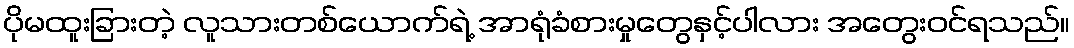
ပိုမထူးခြားတဲ့ လူသားတစ်ယောက်ရဲ့ အာရုံခံစားမှုတွေနှင့်ပါလား အတွေးဝင်ရသည်။